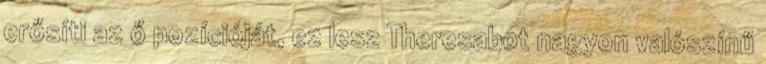
erősíti az ő pozícióját, ez lesz Theresabot nagyon valószínű